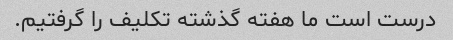
درست است ما هفته گذشته تکلیف را گرفتیم.